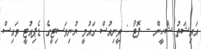
އައިޝަތު ޝާހީން -- ފޮޓޯ : ވީނިއުސް ގައުމީ ޔުނިވަސިޓީގެ ޑެޕިއުޓީ ވައިސް